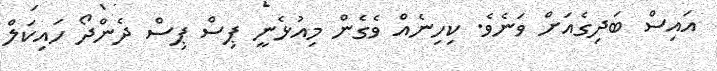
އައިސް ބަދިގެއަށް ވަނެވެ. ކިހިނެއް ވެގެން މިއުޅެނީ ޕިސް ޕިސް ދެންދޯ ހައިކަލް